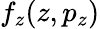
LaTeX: f_{z}(z,p_{z})